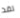
لقد